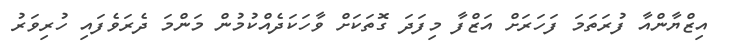
އިޒްޔާންއާ ފުރަތަމަ ފަހަރަށް އަޒްފާ މިފަދަ ގޮތަކަށް ވާހަކަދެއްކުމުން މަންމަ ދެރަވެފައި ހުރިވަރު